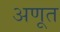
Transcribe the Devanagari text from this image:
अणूत